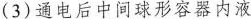
(3)通电后中间球形容器内液